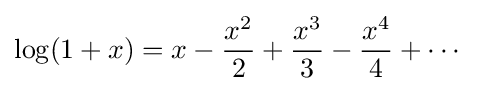
\log(1+x)=x-{\frac {x^{2}}{2}}+{\frac {x^{3}}{3}}-{\frac {x^{4}}{4}}+\cdots